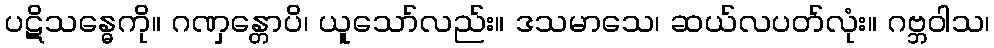
ပဋိသန္ဓေကို။ ဂဏှန္တောပိ၊ ယူသော်လည်း။ ဒသမာသေ၊ ဆယ်လပတ်လုံး။ ဂဗ္ဘဝါသ၊